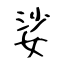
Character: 娑